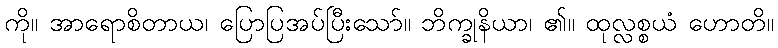
ကို။ အာရောစိတာယ၊ ပြောပြအပ်ပြီးသော်။ ဘိက္ခုနိယာ၊ ၏။ ထုလ္လစ္စယံ ဟောတိ။